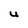
Character: U